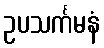
ဥပသင်္ကမနံ